Medical and sanitary report of the native army of Madras for the year
Year: 1877
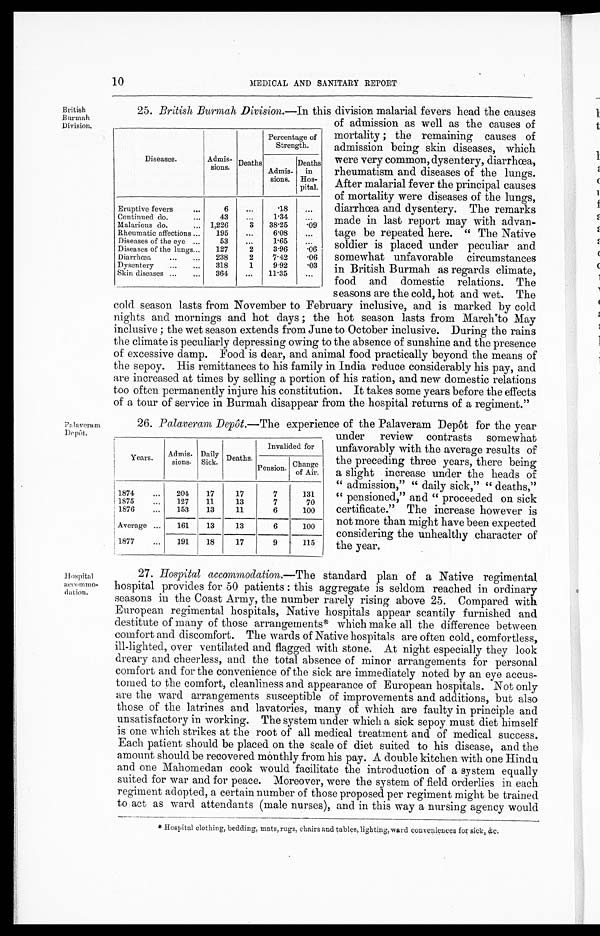
10
MEDICAL AND SANITARY REPORT
British
Burmah
Division.
25. British Burmah Division.—In this division malarial fevers head the causes
Diseases.
Admis-
sions. Deaths
Percentage of
Strength.
Admis-
sions.
Deaths
in
Hos-
pital.
Eruptive fevers
...
6
...
.18
...
Continued do.
...
43
...
1.34
...
Malarious do.
... 1,226
3 38.25
. 0 9
Rheumatic affections ... 195
...
6.08
...
Diseases of the eye ...
53
..
1.65
...
Diseases of the lungs... 127
2
3.96
. 0 6
Diarrhœa
... ... 238
2
7.42
. 0 6
Dysentery ... ... 318
1
9.92
. 0 3
Skin diseases ... ... 364
... 11.35
...
of admission as well as the causes of
mortality ; the remaining causes of
admission being skin diseases, which
were very common, dysentery, diarrhœa,
rheumatism and diseases of the lungs.
After malarial fever the principal causes
of mortality were diseases of the lungs,
diarrhœa and dysentery. The remarks
made in last report may with advan-
tage be repeated here. "The Native
soldier is placed under peculiar and
somewhat unfavorable circumstances
in British Burmah as regards climate,
food and domestic relations. The
seasons are the cold, hot and wet. The
cold season lasts from November to February inclusive, and is marked by cold
nights and mornings and hot days ; the hot season lasts from March to May
inclusive ; the wet season extends from June to October inclusive. During the rains
the climate is peculiarly depressing owing to the absence of sunshine and the presence
of excessive damp. Food is dear, and animal food practically beyond the means of
the sepoy. His remittances to his family in India reduce considerably his pay, and
are increased at times by selling a portion of his ration, and new domestic relations
too often permanently injure his constitution. It takes some years before the effects
of a tour of service in Burmah disappear from the hospital returns of a regiment."
Palaveram
Depôt.
26. Palaveram Depôt.—The experience of the Palaveram Depôt for the year
Years. Admis-
sions.
Daily
Sick. Deaths.
Invalided for
Penson. Change
of Air.
1874
... 204 17
17
7
131
1875
... 127
11
13
7
70
1876
... 153
13
11
6
100
Average ... 161
13
13
6
100
1877
... 191
18
17
9
115
under review contrasts somewhat
unfavorably with the average results of
the preceding three years, there being
a slight increase under the heads of
" admission," "daily sick," "deaths,"
"pensioned," and "proceeded on sick
certificate." The increase however is
not more than might have been expected
considering the unhealthy character of
the year.
Hospital
accommo-dation.
27. Hospital accommodation.— The standard plan of a Native regimental
hospital provides for 50 patients : this aggregate is seldom reached in ordinary
seasons in the Coast Army, the number rarely rising above 25. Compared with
European regimental hospitals, Native hospitals appear scantily furnished and
destitute of many of those arrangements* which make all the difference between
comfort and discomfort. The wards of Native hospitals are often cold, comfortless,
ill-lighted, over ventilated and flagged with stone. At night especially they look
dreary and cheerless, and the total absence of minor arrangements for personal
comfort and for the convenience of the sick are immediately noted by an eye accus-
tomed to the comfort, cleanliness and appearance of European hospitals. Not only
are the ward arrangements susceptible of improvements and additions, but also
those of the latrines and lavatories, many of which are faulty in principle and
unsatisfactory in working. The system under which a sick sepoy must diet himself
is one which strikes at the root of all medical treatment and of medical success.
Each patient should be placed on the scale of diet suited to his disease, and the
amount should be recovered monthly from his pay. A double kitchen with one Hindu
and one Mahomedan cook would facilitate the introduction of a system equally
suited for war and for peace. Moreover, were the system of field orderlies in each.
regiment adopted, a certain number of those proposed per regiment might be trained
to act as ward attendants (male nurses), and in this way a nursing agency would
* Hospital clothing, bedding, mats, rugs, chairs and tables, lighting, ward conveniences for sick, &c.